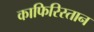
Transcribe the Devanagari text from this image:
काफिरिस्तान